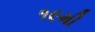
૧૯મી